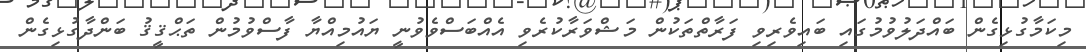
މިކަމާގުޅިގެން ބައްދަލުވުމުގައި ބައިވެރިވި ފަރާތްތަކުން މަޝްވަރާކުރެވި އެއްބަސްވެވުނީ ޔައުމިއްޔާ ފާސްވުމުން ތަޙްޤީޤު ބަންދާގުޅިގެން